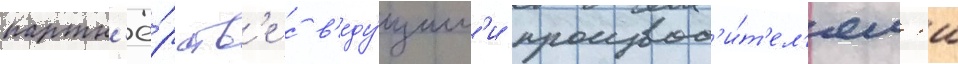
партн'ё́рств'е с в'еду́щим'и производ'и́т'ел'ям'и